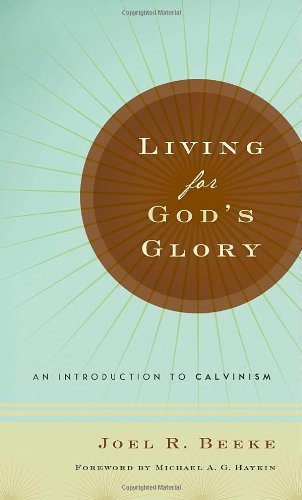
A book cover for Living for God's Glory: An Introduction to Calvinism; Joel R. Beeke; Christian Books & Bibles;